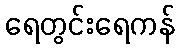
ရေတွင်းရေကန်